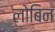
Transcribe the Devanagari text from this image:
लोबिन